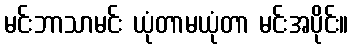
မင်းဘာသာမင်း ယုံတာမယုံတာ မင်းအပိုင်း။